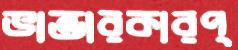
ভান্ডারকারপ্